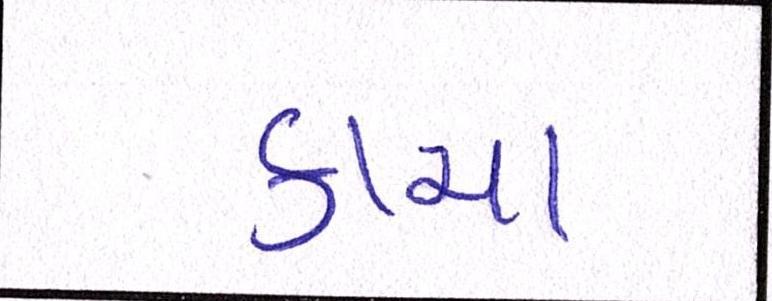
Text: કાચા